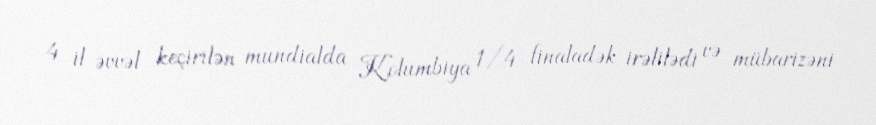
4 il əvvəl keçirilən mundialda Kolumbiya 1/4 finaladək irəlilədi və mübarizəni